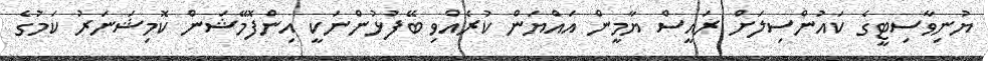
ޔުނިވާސިޓީގެ ކައުންސިލަށް ރައީސް ޔާމީން އައްޔަން ކުރެއްވި ބޭފުޅުންނަކީ އިންފޮމޭޝަން ކޮމިޝަނަރު ކަމުގެ